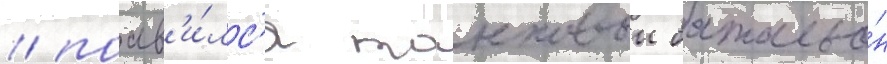
/ поав'и́лс'я танковыи батальо́н